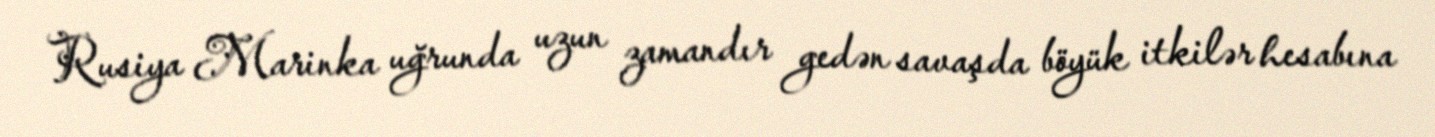
Rusiya Marinka uğrunda uzun zamandır gedən savaşda böyük itkilər hesabına